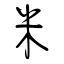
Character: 米